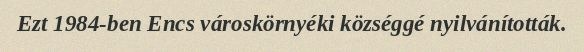
Ezt 1984-ben Encs városkörnyéki községgé nyilvánították.